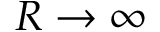
R \to \infty